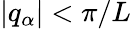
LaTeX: |q_{\alpha}|<\pi/L